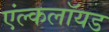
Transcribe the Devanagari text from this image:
एंल्कलॉयड